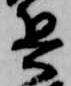
兵